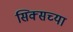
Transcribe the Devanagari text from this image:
सिक्सच्या